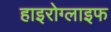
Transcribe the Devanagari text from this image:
हाइरोग्लाइफ